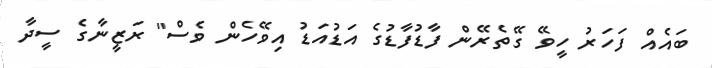
ބައެއް ފަހަރު ހީވޭ ގޭތެރޭން ފާޑުފާޑުގެ އަޑުއަޑު އިވޭހެން ވެސް" ރަޒީނާގެ ސީދާ